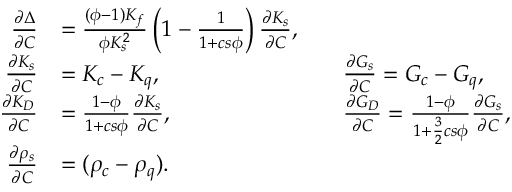
\begin{array} { r } { \begin{array} { r l r l } { \frac { \partial \Delta } { \partial C } } & { = \frac { ( \phi - 1 ) K _ { f } } { \phi K _ { s } ^ { 2 } } \left( 1 - \frac { 1 } { 1 + c s \phi } \right) \frac { \partial K _ { s } } { \partial C } , } \\ { \frac { \partial K _ { s } } { \partial C } } & { = K _ { c } - K _ { q } , \qquad } & & { \frac { \partial G _ { s } } { \partial C } = G _ { c } - G _ { q } , } \\ { \frac { \partial K _ { D } } { \partial C } } & { = \frac { 1 - \phi } { 1 + c s \phi } \frac { \partial K _ { s } } { \partial C } , \qquad } & & { \frac { \partial G _ { D } } { \partial C } = \frac { 1 - \phi } { 1 + \frac { 3 } { 2 } c s \phi } \frac { \partial G _ { s } } { \partial C } , } \\ { \frac { \partial \rho _ { s } } { \partial C } } & { = ( \rho _ { c } - \rho _ { q } ) . } \end{array} } \end{array}